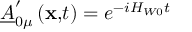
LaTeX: \underline { { { A } } } _ { 0 \mu } ^ { \prime } \left( \mathbf { x , } t \right) = e ^ { - i H _ { W 0 } t }